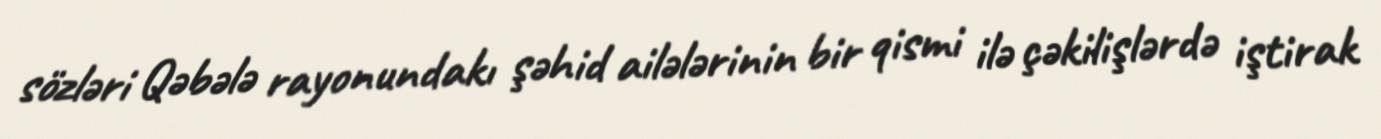
sözləri Qəbələ rayonundakı şəhid ailələrinin bir qismi ilə çəkilişlərdə iştirak